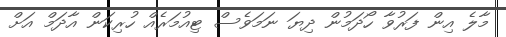
މާލެ އިން ފަރުވާ ހޯދަމުން ދިޔަ ނަމަވެސް ޓިއުމަރެއް ހުރިކަން އާދަމް އަށް